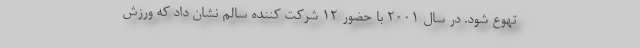
تهوع شود. در سال 2001 با حضور 12 شرکت کننده سالم نشان داد که ورزش